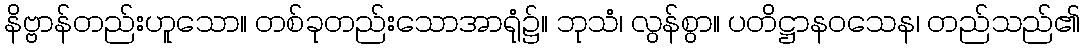
နိဗ္ဗာန်တည်းဟူသော။ တစ်ခုတည်းသောအာရုံ၌။ ဘုသံ၊ လွန်စွာ။ ပတိဋ္ဌာနဝသေန၊ တည်သည်၏